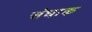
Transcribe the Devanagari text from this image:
संघाक